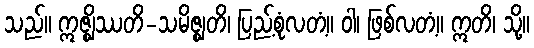
သည်။ ဣဇ္ဈိဿတိ-သမိဇ္ဈတိ၊ ပြည့်စုံလတံ့။ ဝါ၊ ဖြစ်လတံ့။ ဣတိ၊ သို့။